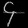
Digit: ၄